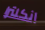
انكلترا